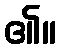
၏။